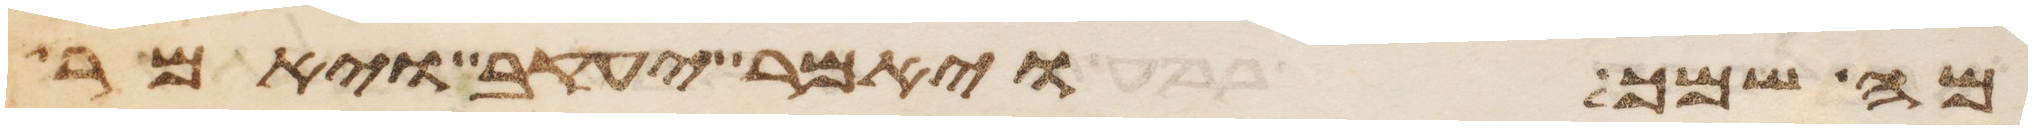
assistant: מה שמך ויאמר יעקב ויאמר